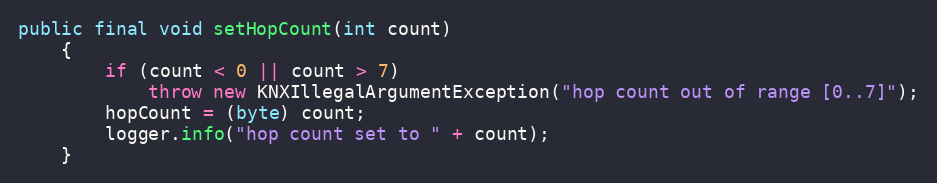
Language: Java
public final void setHopCount(int count)
	{
		if (count < 0 || count > 7)
			throw new KNXIllegalArgumentException("hop count out of range [0..7]");
		hopCount = (byte) count;
		logger.info("hop count set to " + count);
	}